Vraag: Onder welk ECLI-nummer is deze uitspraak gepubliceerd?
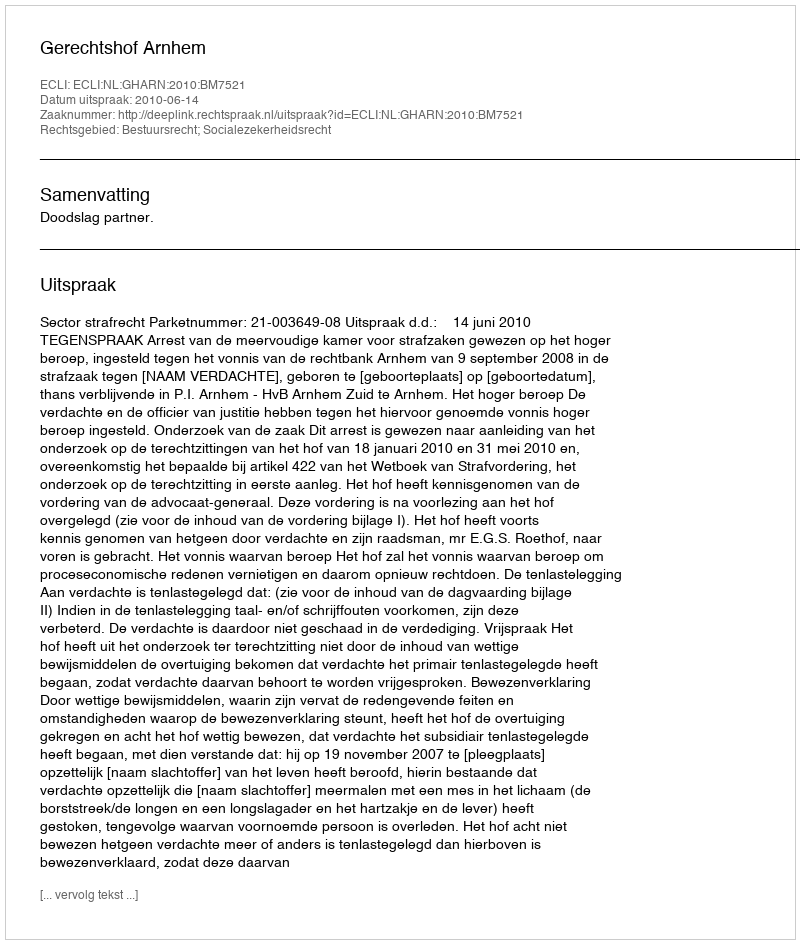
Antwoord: ECLI:NL:GHARN:2010:BM7521